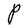
Character: P